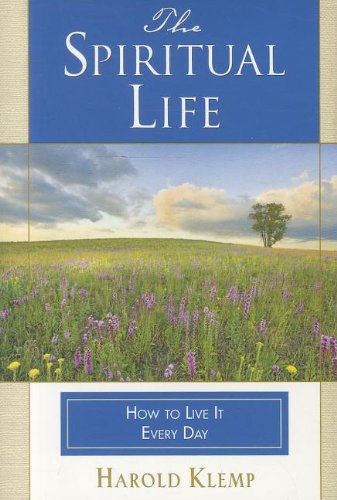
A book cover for The Spiritual Life; Harold Klemp; Religion & Spirituality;